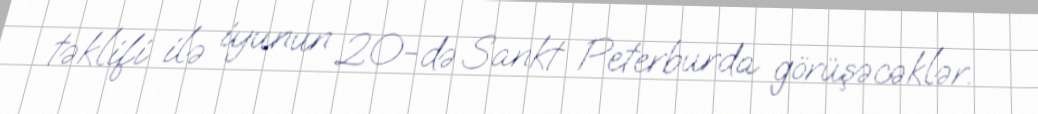
təklifi ilə iyunun 20-də Sankt Peterburda görüşəcəklər.